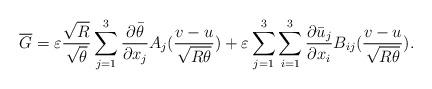
LaTeX: \begin{align*}\overline{G}=\varepsilon\frac{\sqrt{R}}{\sqrt{\theta}}\sum^{3}_{j=1}\frac{\partial\bar{\theta}}{\partial x_{j}}A_{j}(\frac{v-u}{\sqrt{R\theta}})+\varepsilon\sum^{3}_{j=1}\sum^{3}_{i=1}\frac{\partial\bar{u}_{j}}{\partial x_{i}}B_{ij}(\frac{v-u}{\sqrt{R\theta}}).\end{align*}